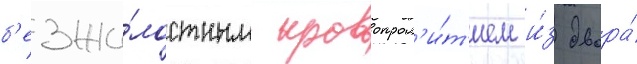
б'езжа́лостным кровопрол'и́т'ием и́з двора́